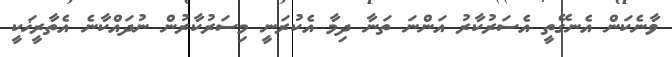
ވާނެކަން އެނގޭތީ އެސަރުކާރު އަންނަ ތަނާ ދިމާ އެކުރަނީ މިސަރުކާރުން ނުދައްކާނެ އެތާރީޚަކީ